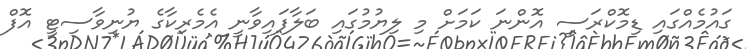
ގައުމެއްގައި ޑިމޮކްރަސީ އޮންނަ ކަމަށް މި ލިޔުމުގައި ބަލާފައިވާނީ އެމެރިކާގެ ޔުނިވާސިޓީ އޮފް